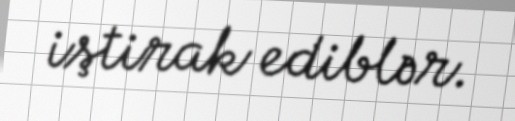
iştirak ediblər.